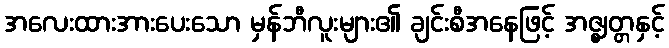
အလေးထားအားပေးသော မှန်ဘီလူးများ၏ ချင်းစီအနေဖြင့် အဇ္ဈတ္တနှင့်